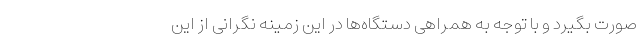
صورت بگیرد و با توجه به همراهی دستگاه‌ها در این زمینه نگرانی از این